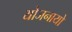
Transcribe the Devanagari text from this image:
योजनायो